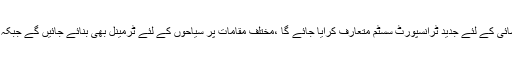
انہوں نے کہا سیاحوں کو تاریخی،مذہبی مقامات تک فوری رسائی کے لئے جدید ٹرانسپورٹ سسٹم متعارف کرایا جائے گا ،مختلف مقامات پر سیاحوں کے لئے ٹرمینل بھی بنائے جائیں گے جبکہ سیاحوں کے قیام کیلئے جدید ریزارٹس بھی بنائے جائیں گے ۔